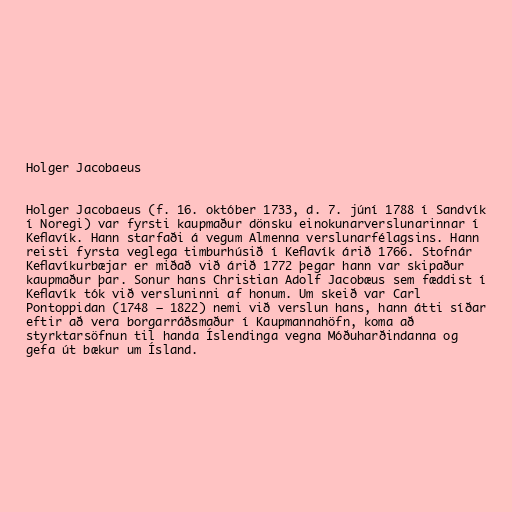
Holger Jacobaeus

Holger Jacobaeus (f. 16. október 1733, d. 7. júní 1788 í Sandvík
í Noregi) var fyrsti kaupmaður dönsku einokunarverslunarinnar í
Keflavík. Hann starfaði á vegum Almenna verslunarfélagsins. Hann
reisti fyrsta veglega timburhúsið í Keflavík árið 1766. Stofnár
Keflavíkurbæjar er miðað við árið 1772 þegar hann var skipaður
kaupmaður þar. Sonur hans Christian Adolf Jacobæus sem fæddist í
Keflavík tók við versluninni af honum. Um skeið var Carl
Pontoppidan (1748 – 1822) nemi við verslun hans, hann átti síðar
eftir að vera borgarráðsmaður í Kaupmannahöfn, koma að
styrktarsöfnun til handa Íslendinga vegna Móðuharðindanna og
gefa út bækur um Ísland.